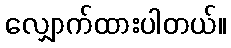
လျှောက်ထားပါတယ်။